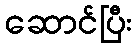
ဆောင်ပြီး